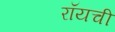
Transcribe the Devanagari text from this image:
रॉयची